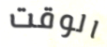
الوقت